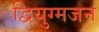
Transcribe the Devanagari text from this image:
द्वियुग्मजन